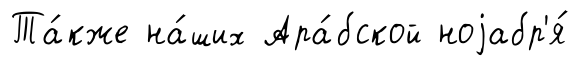
Та́кже на́ших Ара́бской ноjабр'я́